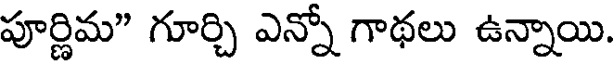
పూర్ణిమ" గూర్చి ఎన్నో గాథలు ఉన్నాయి.